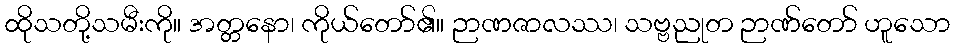
ထိုသတို့သမီးကို။ အတ္တနော၊ ကိုယ်တော်၏။ ဉာဏဇာလဿ၊ သဗ္ဗညုတ ဉာဏ်တော် ဟူသော